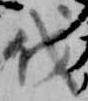
伐